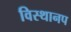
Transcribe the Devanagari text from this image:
विस्थानप